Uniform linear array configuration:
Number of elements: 32
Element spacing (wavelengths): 0.25
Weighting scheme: exponential
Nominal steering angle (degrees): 30
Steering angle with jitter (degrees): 28.016
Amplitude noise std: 0.05
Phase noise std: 0.05

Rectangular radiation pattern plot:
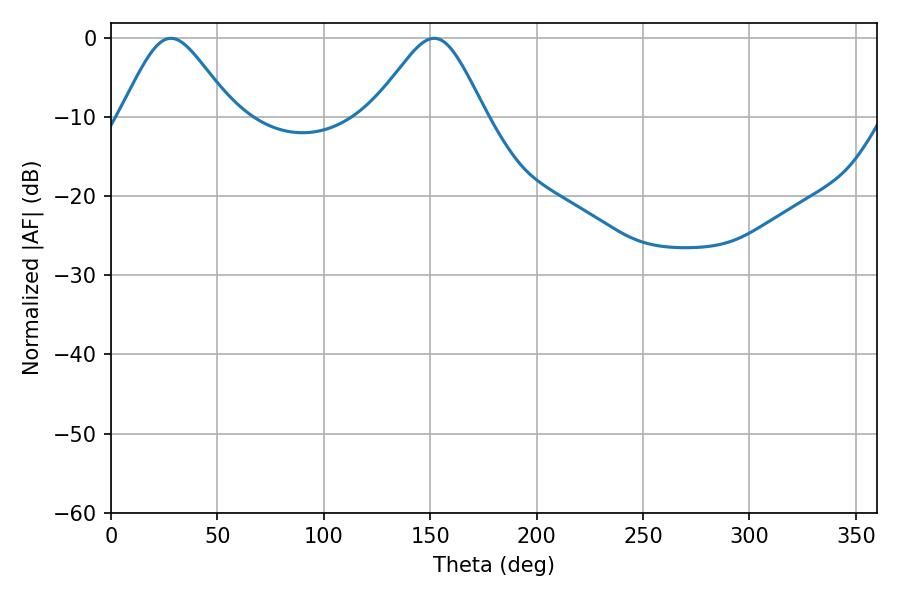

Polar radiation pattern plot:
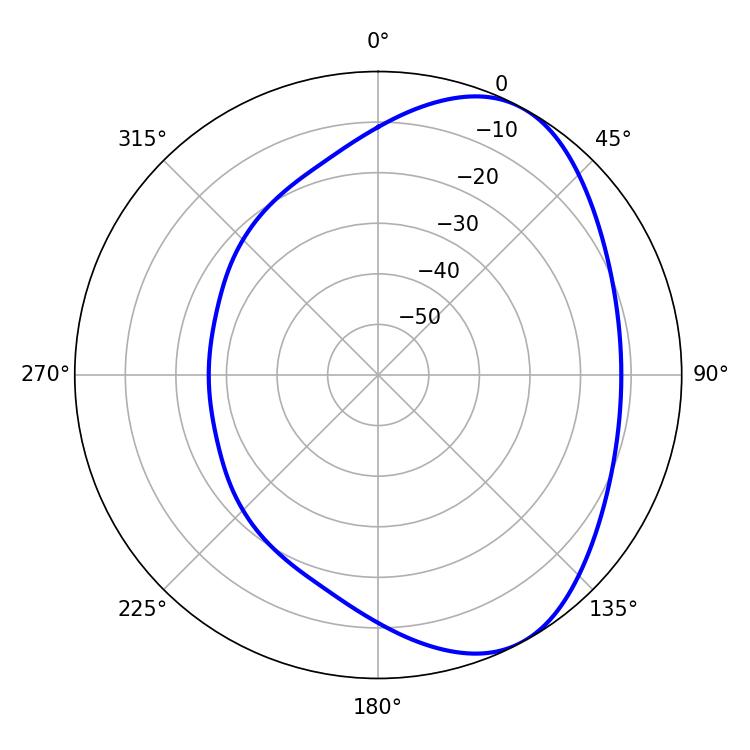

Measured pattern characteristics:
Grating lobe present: FALSE
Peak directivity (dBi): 5.405
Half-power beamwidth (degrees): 26.1
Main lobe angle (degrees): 28.08